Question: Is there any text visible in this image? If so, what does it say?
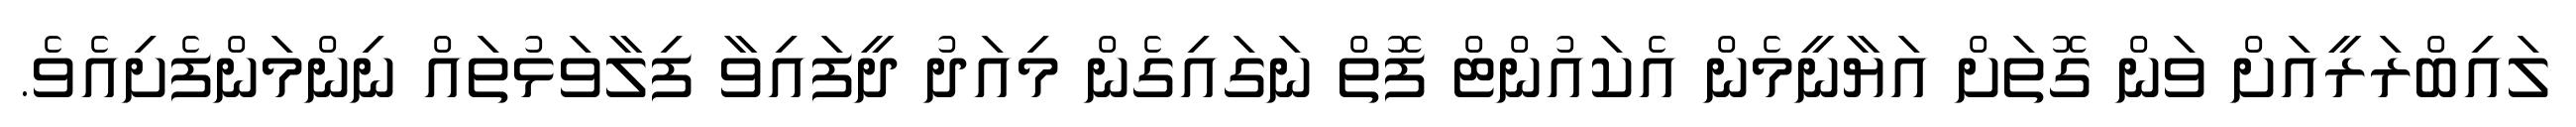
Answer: ލައިބްރަރީއަށް ވަން ގޮތަށް އަޔާނީމެން އެކައުންޓް ފޮތް ނަގައިގެން މިއަދު ދީފައިވާ ފިލާވަޅުތައް ނިންމަންފެށިއެވެ.